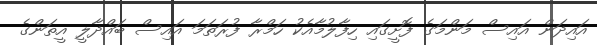
އައިދަން އައިސް މަންމަގެ ފޮށީގައި ހިފާލުމާއެކު ހަމްރާ ފުރަތަމަ އައިސް ބައްދާލީ އީތަންގެ